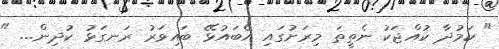
" ކަމުދާ ކުއްޖަކު ނެތީތަ މިރަށުގައި އެބައުޅޭ ބައިވަރު ރަނގަޅު ކުދިން... "